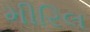
મીરિલ